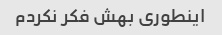
اینطوری بهش فکر نکردم